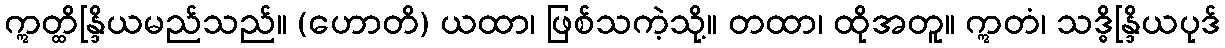
ဣတ္ထိန္ဒြိယမည်သည်။ (ဟောတိ) ယထာ၊ ဖြစ်သကဲ့သို့။ တထာ၊ ထိုအတူ။ ဣတံ၊ သဒ္ဓိန္ဒြိယပုဒ်